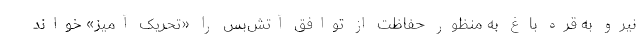
نیرو به قره باغ به منظور حفاظت از توافق آتش‌بس را «تحریک آمیز» خواند